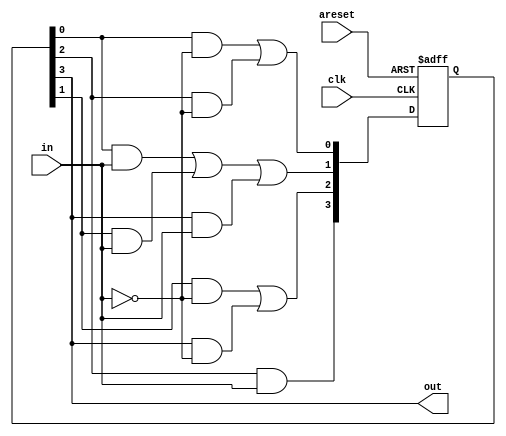
module top_module(
    input clk,
    input in,
    input areset,
    output out); //

    parameter A = 0;
    parameter B = 1;
    parameter C = 2;
    parameter D = 3;

    reg [3:0] state;
    reg [3:0] next_state;

    // State transition logic
    always @(*) begin
        next_state[A] = (state[A] && (~in)) || (state[C] && (~in));
        next_state[B] = (state[A] && in) || (state[B] && in) || (state[D] && in);
        next_state[C] = (state[B] && (~in)) || (state[D] && (~in));
        next_state[D] = (state[C] && in);
    end
    // State flip-flops with asynchronous reset
    always @(posedge clk or posedge areset) begin
        if(areset)
        begin
            state[A] <= 1'b1;
            state[B] <= 1'b0;
            state[C] <= 1'b0;
            state[D] <= 1'b0;
        end
        else 
        begin
            state <= next_state;
        end
    end
    // Output logic

    assign out = (state[D]);

endmodule